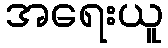
အရေးယူ